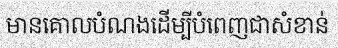
មានគោលបំណងដើម្បីបំពេញជាសំខាន់